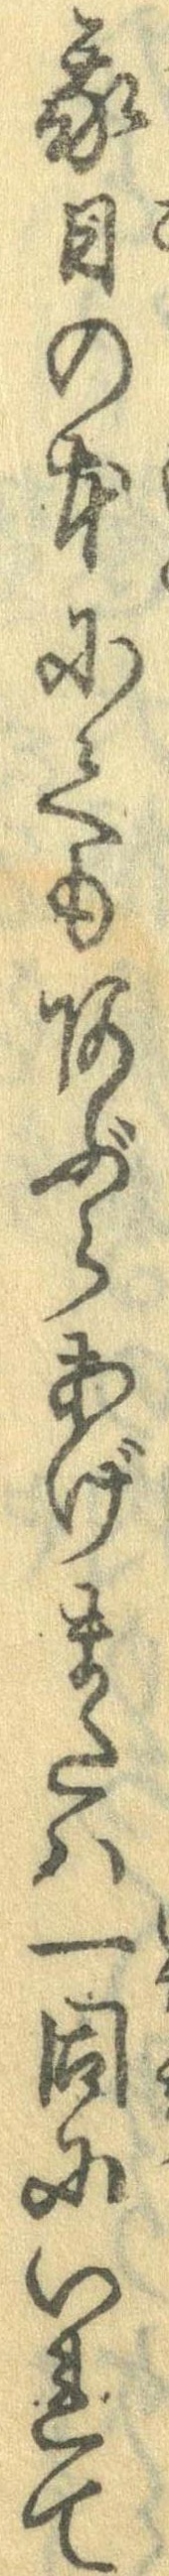
我日の本にてもあぶらあげまたは一同にいれて